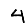
Digit: 4